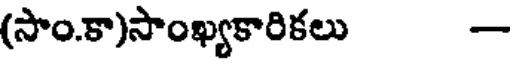
(సాం.కా)సాంఖ్యకారికలు -